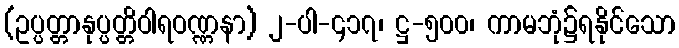
(ဥပ္ပတ္တာနုပ္ပတ္တိဝါရဝဏ္ဏနာ) ၂-ပါ-၄၁၇၊ ဋ္ဌ-၅၀၀၊ ကာမဘုံ၌ရနိုင်သော